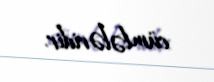
cümlələridir.